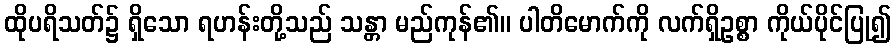
ထိုပရိသတ်၌ ရှိသော ရဟန်းတို့သည် သန္တာ မည်ကုန်၏။ ပါတိမောက်ကို လက်ရှိဥစ္စာ ကိုယ်ပိုင်ပြု၍